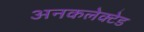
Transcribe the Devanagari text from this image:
अनकलेक्टेड